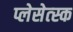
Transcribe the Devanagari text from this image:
प्लेसेत्स्क